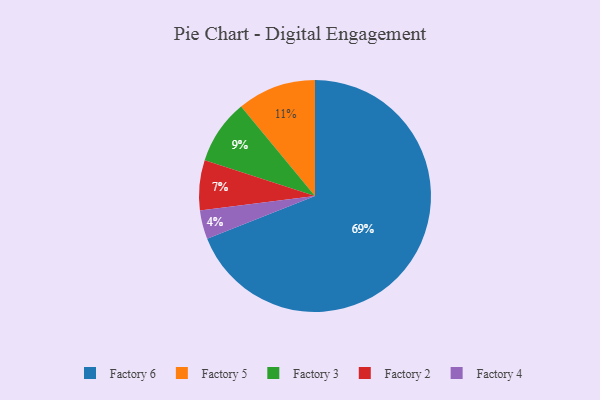
{"axis": {"x": "Category", "y": "Percentage"}, "legend": ["Factory 2", "Factory 3", "Factory 4", "Factory 5", "Factory 6"], "data": [{"x": "Factory 5", "y": 11, "type": "Factory 5"}, {"x": "Factory 2", "y": 7, "type": "Factory 2"}, {"x": "Factory 3", "y": 9, "type": "Factory 3"}, {"x": "Factory 6", "y": 69, "type": "Factory 6"}, {"x": "Factory 4", "y": 4, "type": "Factory 4"}]}